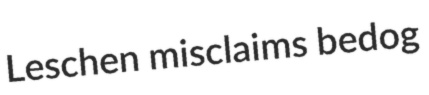
Leschen misclaims bedog